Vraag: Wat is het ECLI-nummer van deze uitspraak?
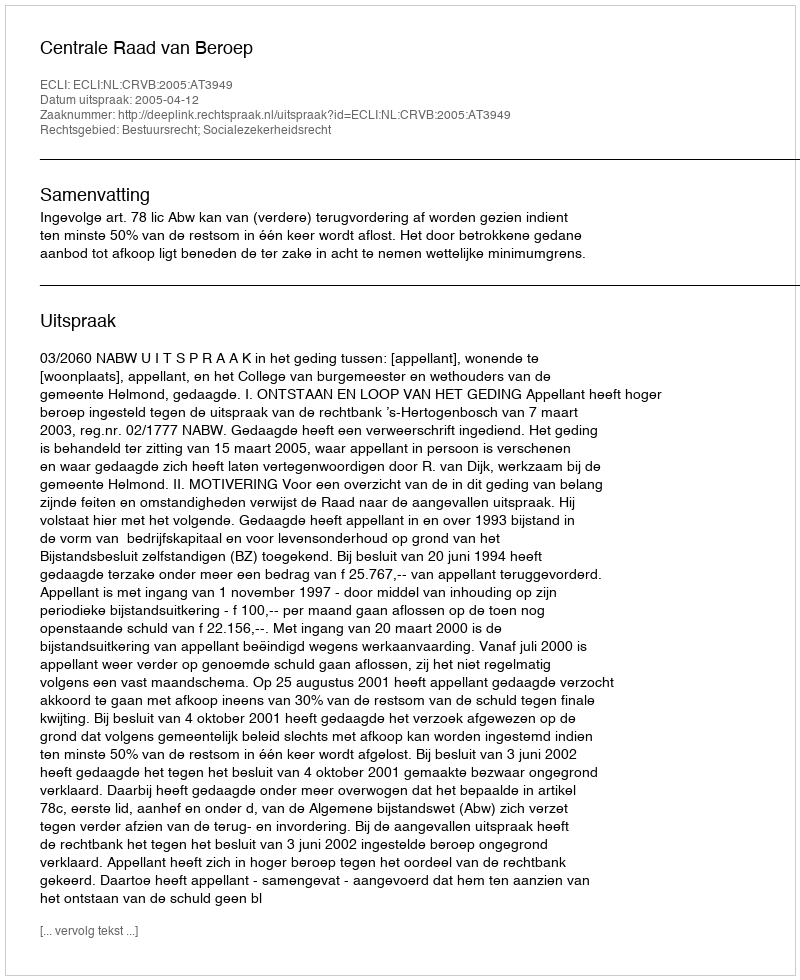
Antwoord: ECLI:NL:CRVB:2005:AT3949